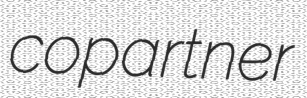
copartner